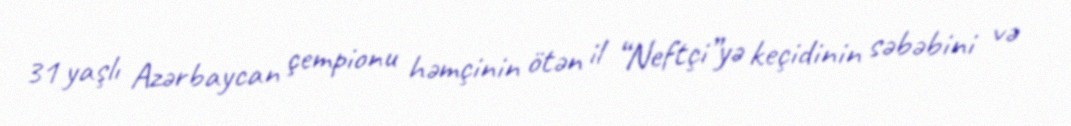
31 yaşlı Azərbaycan çempionu həmçinin ötən il “Neftçi”yə keçidinin səbəbini və